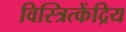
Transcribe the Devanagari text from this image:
विस्त्रित्केंद्रिय